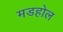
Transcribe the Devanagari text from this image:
मडहोल